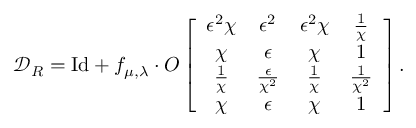
\mathcal { D } _ { R } = \mathrm { I d } + f _ { \mu , \lambda } \cdot O \left[ \begin{array} { c c c c } { \epsilon ^ { 2 } \chi } & { \epsilon ^ { 2 } } & { \epsilon ^ { 2 } \chi } & { \frac { 1 } { \chi } } \\ { \chi } & { \epsilon } & { \chi } & { 1 } \\ { \frac { 1 } { \chi } } & { \frac { \epsilon } { \chi ^ { 2 } } } & { \frac { 1 } { \chi } } & { \frac { 1 } { \chi ^ { 2 } } } \\ { \chi } & { \epsilon } & { \chi } & { 1 } \end{array} \right] .